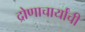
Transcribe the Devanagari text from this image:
द्रोणाचार्यांची